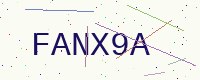
Text: FANX9A